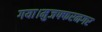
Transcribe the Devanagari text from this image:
गया।मुजफ्फरनगर